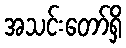
အသင်းတော်ရှိ